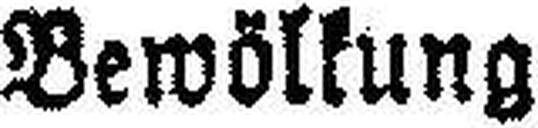
Bewölkung